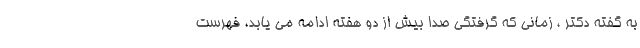
به گفته دکتر ، زمانی که گرفتگی صدا بیش از دو هفته ادامه می یابد، فهرست